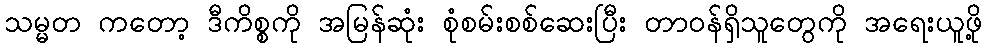
သမ္မတ ကတော့ ဒီကိစ္စကို အမြန်ဆုံး စုံစမ်းစစ်ဆေးပြီး တာဝန်ရှိသူတွေကို အရေးယူဖို့